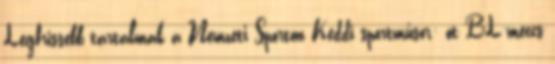
Legfrissebb tartalmak a Nemzeti Sporton Keddi sportműsor: öt BL-meccs